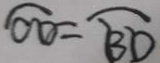
\widehat { C D } = \widehat { B D }